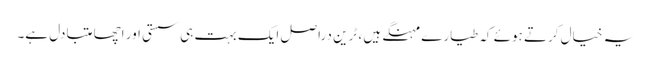
یہ خیال کرتے ہوئے کہ طیارے مہنگے ہیں ، ٹرین دراصل ایک بہت ہی سستی اور اچھا متبادل ہے۔